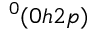
^ { 0 } ( 0 h 2 p )